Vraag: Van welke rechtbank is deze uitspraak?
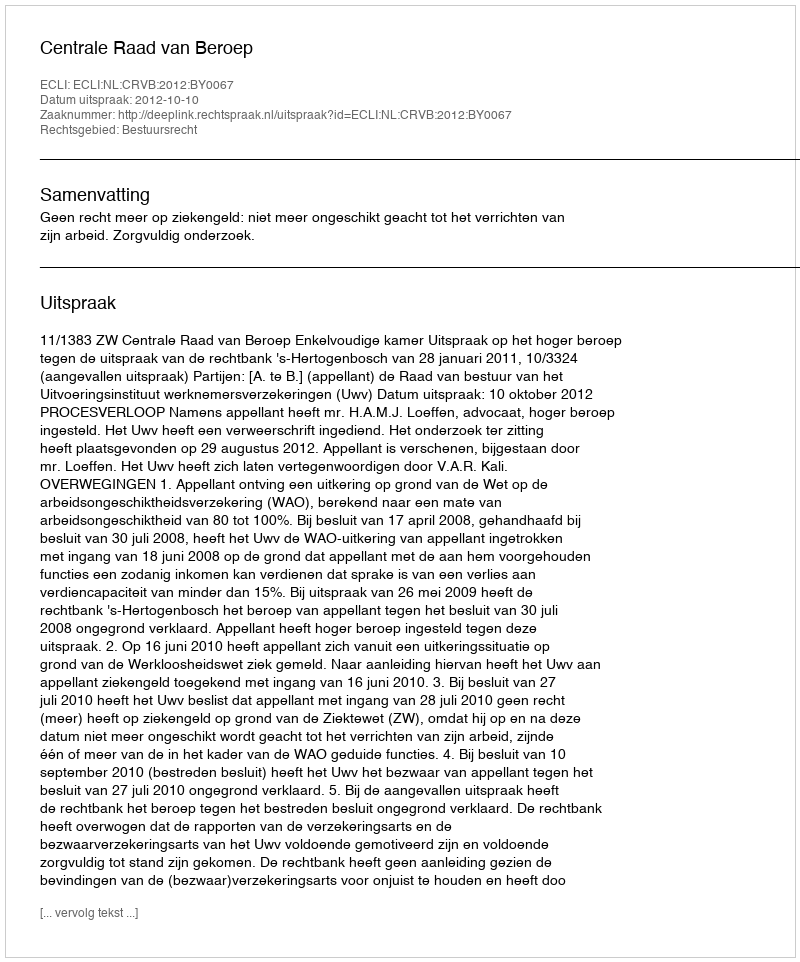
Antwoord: Centrale Raad van Beroep